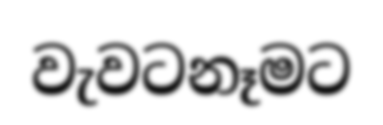
වැවටනෑමට